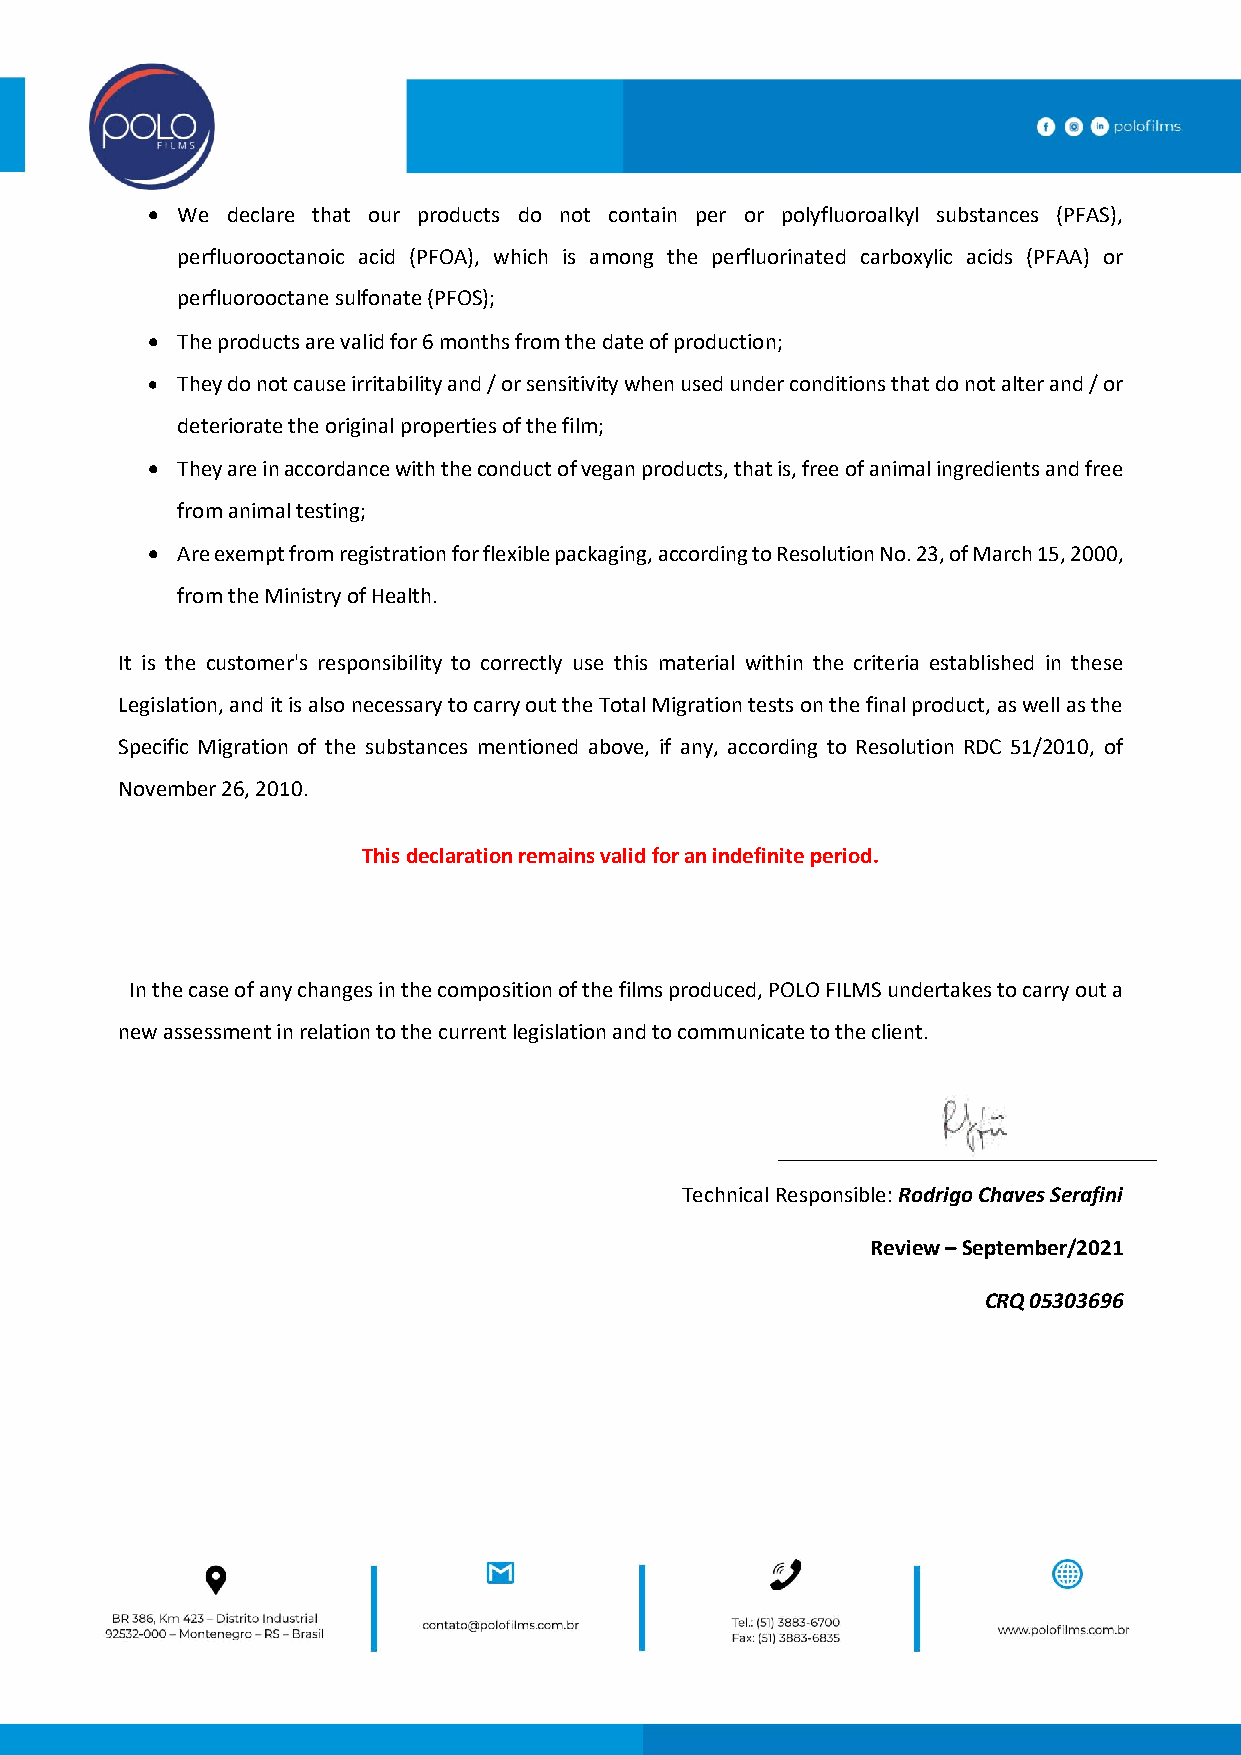
 We declare that our products do not contain per or polyfluoroalkyl substances (PFAS),
 perfluorooctanoic acid (PFOA), which is among the perfluorinated carboxylic acids (PFAA) or
 perfluorooctane sulfonate (PFOS);
  The products are valid for 6 months from the date of production;
  They do not cause irritability and / or sensitivity when used under conditions that do not alter and / or
 deteriorate the original properties of the film;
  They are in accordance with the conduct of vegan products, that is, free of animal ingredients and free
 from animal testing;
  Are exempt from registration for flexible packaging, according to Resolution No. 23, of March 15, 2000,
 from the Ministry of Health.
 It is the customer's responsibility to correctly use this material within the criteria established in these
 Legislation, and it is also necessary to carry out the Total Migration tests on the final product, as well as the
 Specific Migration of the substances mentioned above, if any, according to Resolution RDC 51/2010, of
 November 26, 2010.
 This declaration remains valid for an indefinite period.
 In the case of any changes in the composition of the films produced, POLO FILMS undertakes to carry out a
 new assessment in relation to the current legislation and to communicate to the client.
 Technical Responsible: Rodrigo Chaves Serafini
 Review – September/2021
 CRQ 05303696